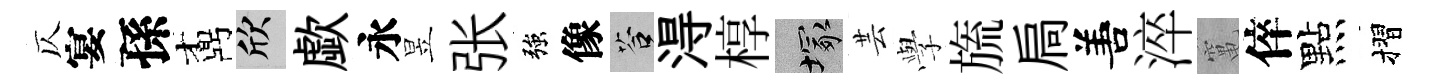
仄宴孫鼒欣歔永昱张強像答淂椁塚芸𫝯旒扃𠵊淬𥧄倅點摺